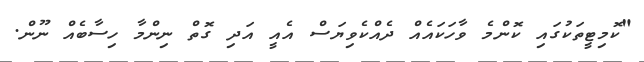
"ކޮމިޓީތަކުގައި ކޮންމެ ވާހަކައެއް ދެއްކެވިޔަސް އެއީ އަދި ގޮތް ނިންމާ ހިސާބެއް ނޫން.